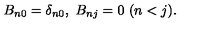
B _ { n 0 } = \delta _ { n 0 } , \ B _ { n j } = 0 \ ( n < j ) .